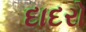
દાદરો